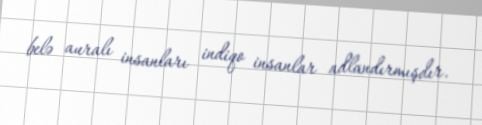
belə auralı insanları indiqo insanlar adlandırmışdır.